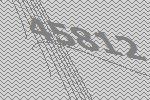
45812